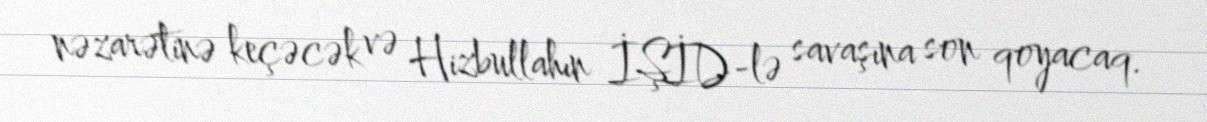
nəzarətinə keçəcək və Hizbullahın İŞİD-lə savaşına son qoyacaq.